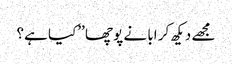
مجھے دیکھ کر ابا نے پوچھا ’’کیا ہے؟